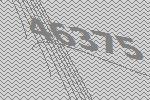
46375